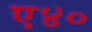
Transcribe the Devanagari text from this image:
ए४०